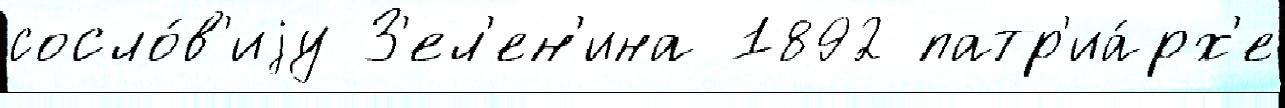
сосло́в'иjу З'ел'ен'ина 1892 патр'иа́рх'е